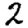
Digit: 2